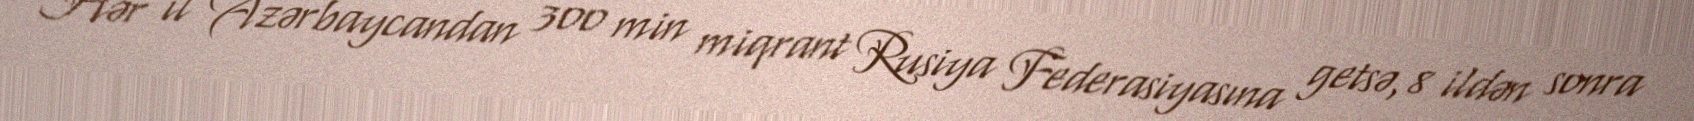
Hər il Azərbaycandan 300 min miqrant Rusiya Federasiyasına getsə, 8 ildən sonra